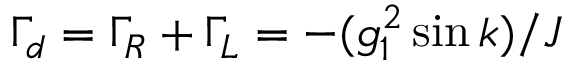
\Gamma _ { d } = \Gamma _ { R } + \Gamma _ { L } = - ( g _ { 1 } ^ { 2 } \sin k ) / J